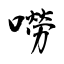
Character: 嘮